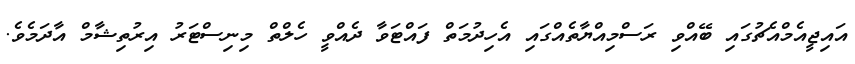
އައިޖީއެމްއެޗުގައި ބޭއްވި ރަސްމިއްޔާތެއްގައި އެހިދުމަތް ފައްޓަވާ ދެއްވީ ހެލްތް މިނިސްޓަރު އިރުތިޝާމް އާދަމެވެ.